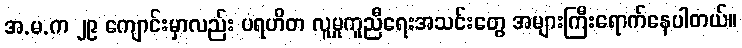
အ.မ.က ၂၉ ကျောင်းမှာလည်း ပရဟိတ လူမှုကူညီရေးအသင်းတွေ အများကြီးရောက်နေပါတယ်။